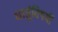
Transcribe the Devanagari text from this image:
धातूंविषयीं